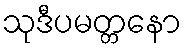
သုဒီပမတ္တနော